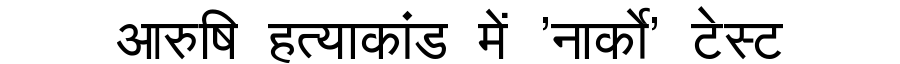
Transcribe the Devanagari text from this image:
आरुषि हत्याकांड में 'नार्को' टेस्ट